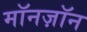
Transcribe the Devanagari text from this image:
मॉनज़ॉन